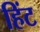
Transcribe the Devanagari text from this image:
हिंट